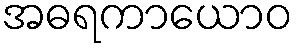
အဓရကာယောဝ